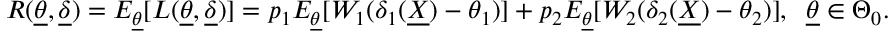
R ( \underline { { \theta } } , \underline { { \delta } } ) = E _ { \underline { { \theta } } } [ L ( \underline { { \theta } } , \underline { { \delta } } ) ] = p _ { 1 } E _ { \underline { { \theta } } } [ W _ { 1 } ( \delta _ { 1 } ( \underline { { X } } ) - \theta _ { 1 } ) ] + p _ { 2 } E _ { \underline { { \theta } } } [ W _ { 2 } ( \delta _ { 2 } ( \underline { { X } } ) - \theta _ { 2 } ) ] , \; \; \underline { { \theta } } \in \Theta _ { 0 } .